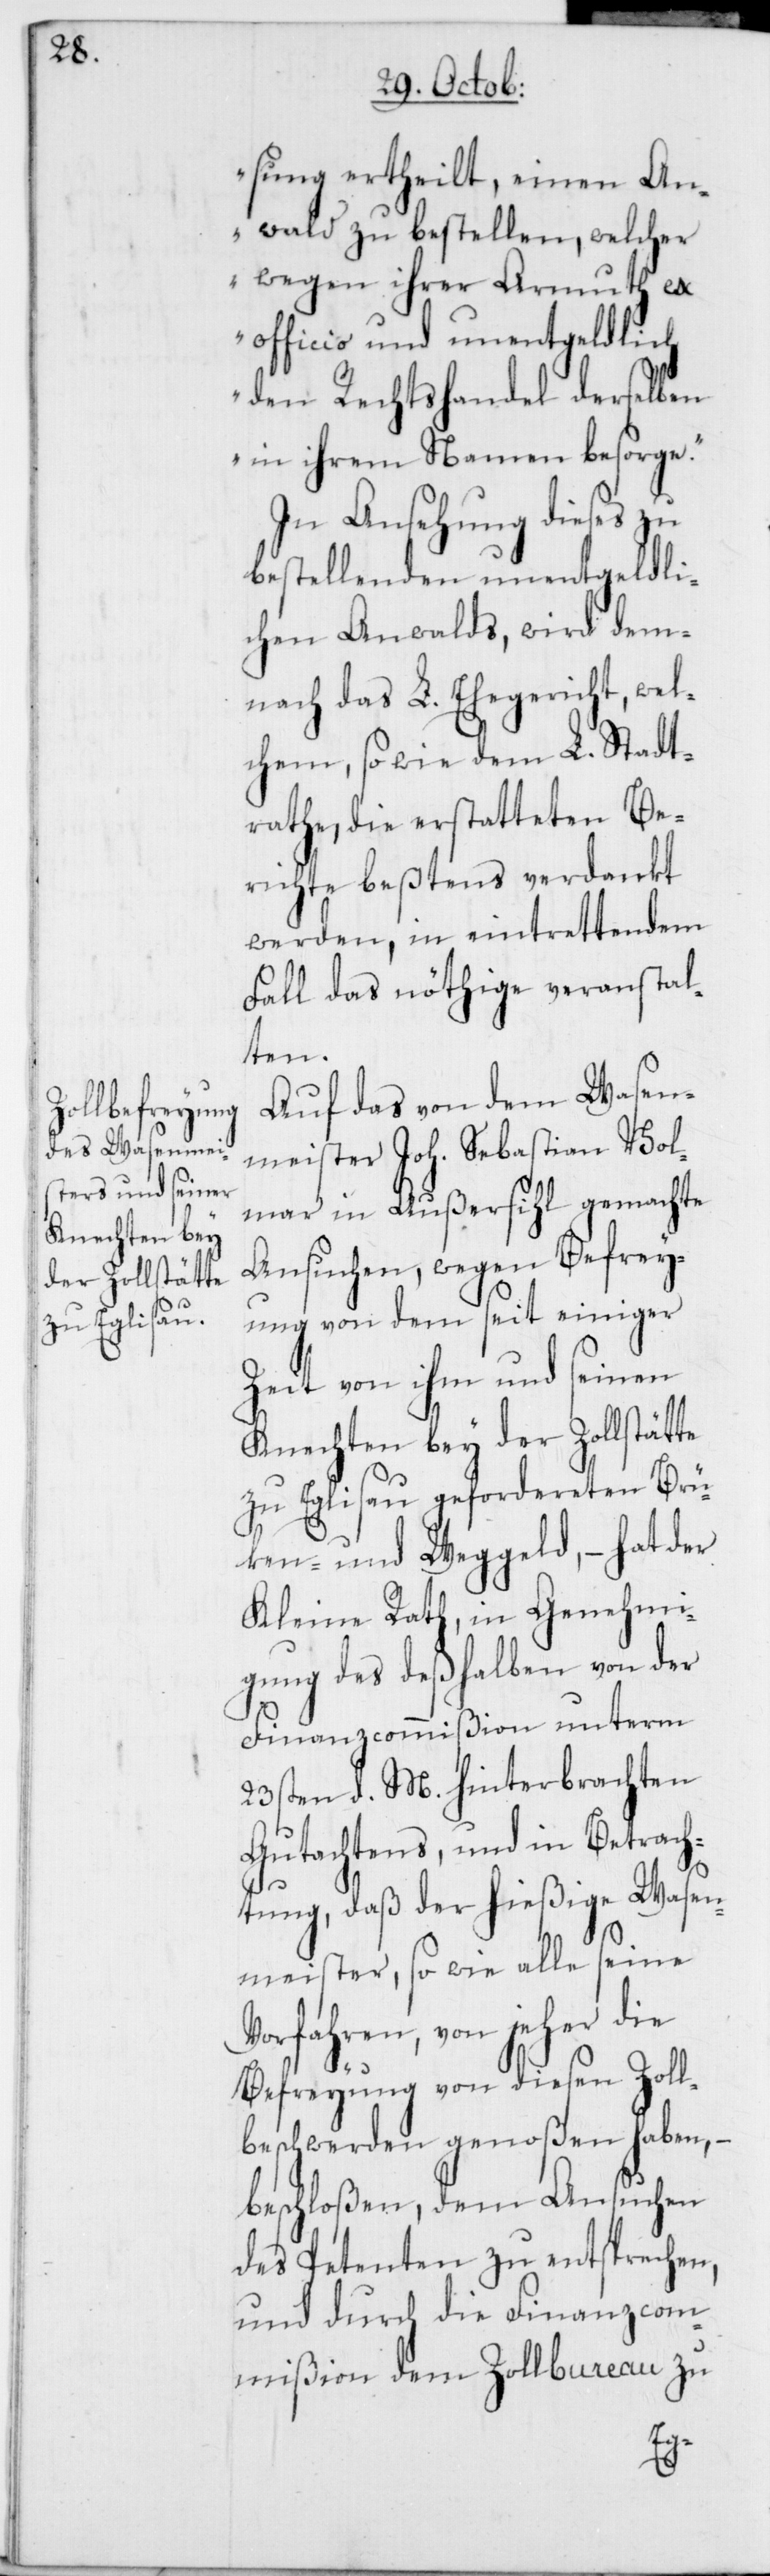
sung ertheilt, einen An¬
walt zu bestellen, welcher
wegen ihrer Armuth ex
officio und unentgeldlich
den Rechtshandel derselben
in ihrem Namen besorge.“
In Ansehung dieses zu
bestellenden unentgeldli¬
chen Anwalts, wird dem¬
nach das L. Ehegericht, wel¬
chem, so wie dem L. Stadt¬
rathe, die erstatteten Be¬
richte bestens verdankt
werden, in eintrettendem
Fall das nöthige veranstal¬
ten.
Auf das von dem Wasen¬
meister Joh. Sebastian Vol¬
mar in Außersihl gemachte
Ansuchen, wegen Befrey¬
ung von dem seit einiger
Zeit von ihm und seinen
Knechten bey der Zollstätte
zu Eglisau gefordereten Brü¬
ken- und Weggeld, – hat der
Kleine Rath, in Genehmi¬
gung des deßhalben von der
Finanzcommißion unterm
23sten d. M. hinterbrachten
Gutachtens, und in Betrach¬
tung, daß der hießige Wasen¬
meister, so wie alle seine
Vorfahren, von jeher die
Befreyung von diesen Zoll¬
beschwerden genoßen haben,
beschloßen, dem Ansuchen
des Petenten zu entsprechen,
und durch die Finanzcom¬
mißion dem Zollbureau zu